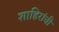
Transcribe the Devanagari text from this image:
शाहिरांची